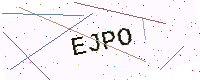
Text: EJPO